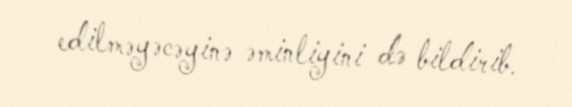
edilməyəcəyinə əminliyini də bildirib.